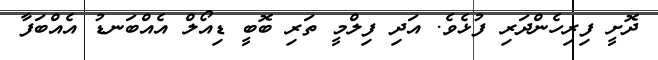
ދޮށީ ފިރިހެންދަރި ފުޅެވެ. އަދި ފިލްމީ ތަރި ބޮބީ ޑިއޯލް އެއްބަނޑު އެއްބަފާ